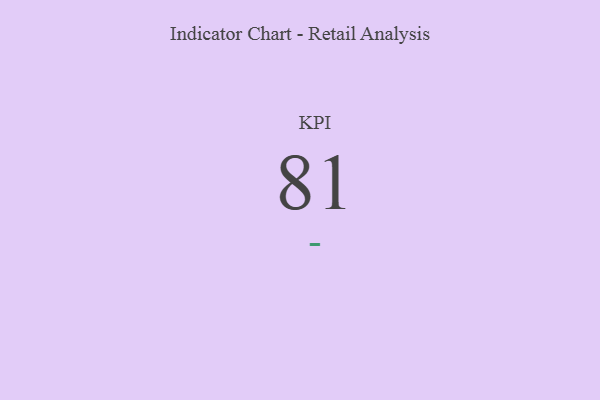
{"axis": {"x": "KPI", "y": "Value"}, "legend": [""], "data": [{"x": "KPI", "y": 81, "type": ""}]}